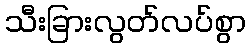
သီးခြားလွတ်လပ်စွာ